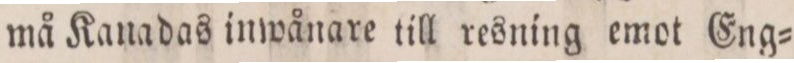
må Kanadas inwånare till resning emot Eng=